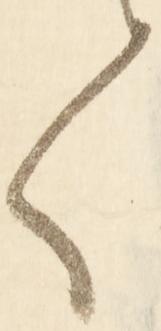
て